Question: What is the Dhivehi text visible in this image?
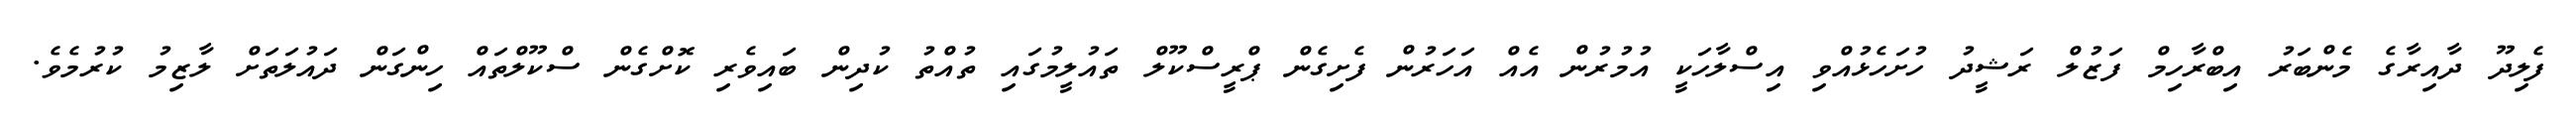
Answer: ފެލިދޫ ދާއިރާގެ މެންބަރު އިބްރާހިމް ފަޒުލް ރަޝީދު ހުށަހެޅުއްވި އިސްލާހަކީ އުމުރުން އެއް އަހަރުން ފެށިގެން ޕްރީސްކޫލް ތައުލީމުގައި ތުއްތު ކުދިން ބައިވެރި ކޮށްގެން ސްކޫލްތައް ހިންގަން ދައުލަތަށް ލާޒިމު ކުރުމެވެ.